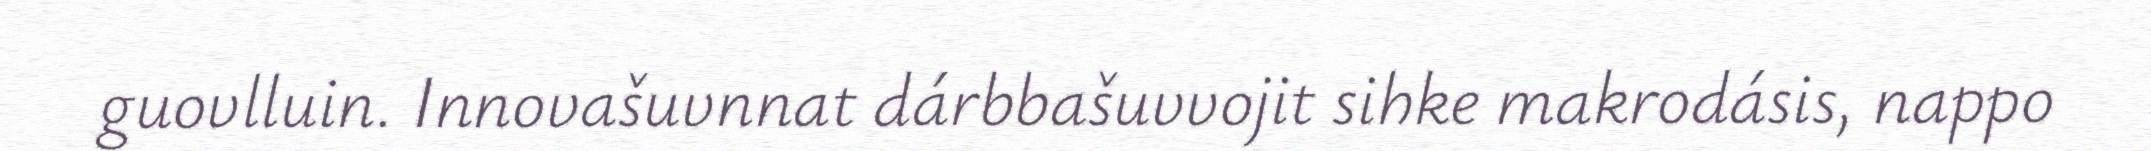
guovlluin. Innovašuvnnat dárbbašuvvojit sihke makrodásis, nappo